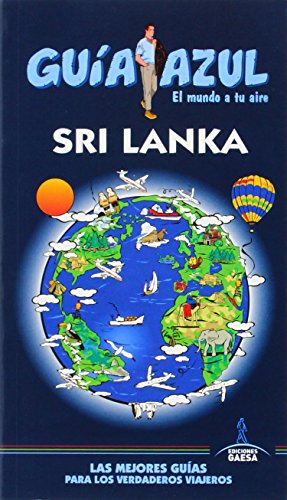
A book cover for Sri Lanka (GuÃ­as Azules) (Spanish Edition); Luis Mazarrasa Mowinckel; Travel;